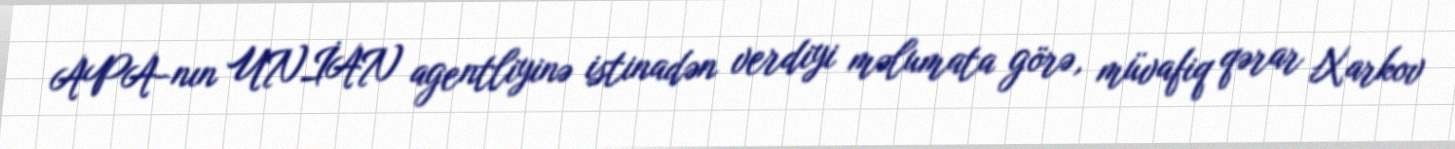
APA-nın UNİAN agentliyinə istinadən verdiyi məlumata görə, müvafiq qərar Xarkov